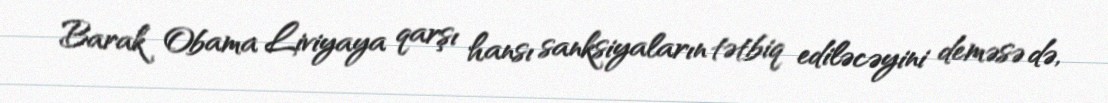
Barak Obama Liviyaya qarşı hansı sanksiyaların tətbiq ediləcəyini deməsə də,